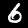
Label: 6